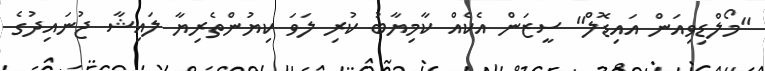
"މޯލްޑިވިއަން އައިޑޮލް" ސީޒަން އެކެއް ކާމިޔާބު ކުރި ލަވަ ކިޔުންތެރިޔާ ލައިޝާ ޖުނައިދުގެ